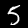
Digit: 5